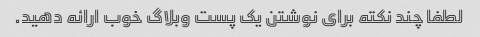
لطفا چند نکته برای نوشتن یک پست وبلاگ خوب ارائه دهید.